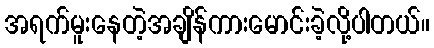
အရက်မူးနေတဲ့အချိန်ကားမောင်းခဲ့လို့ပါတယ်။